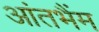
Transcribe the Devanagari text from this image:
आंतभैंम